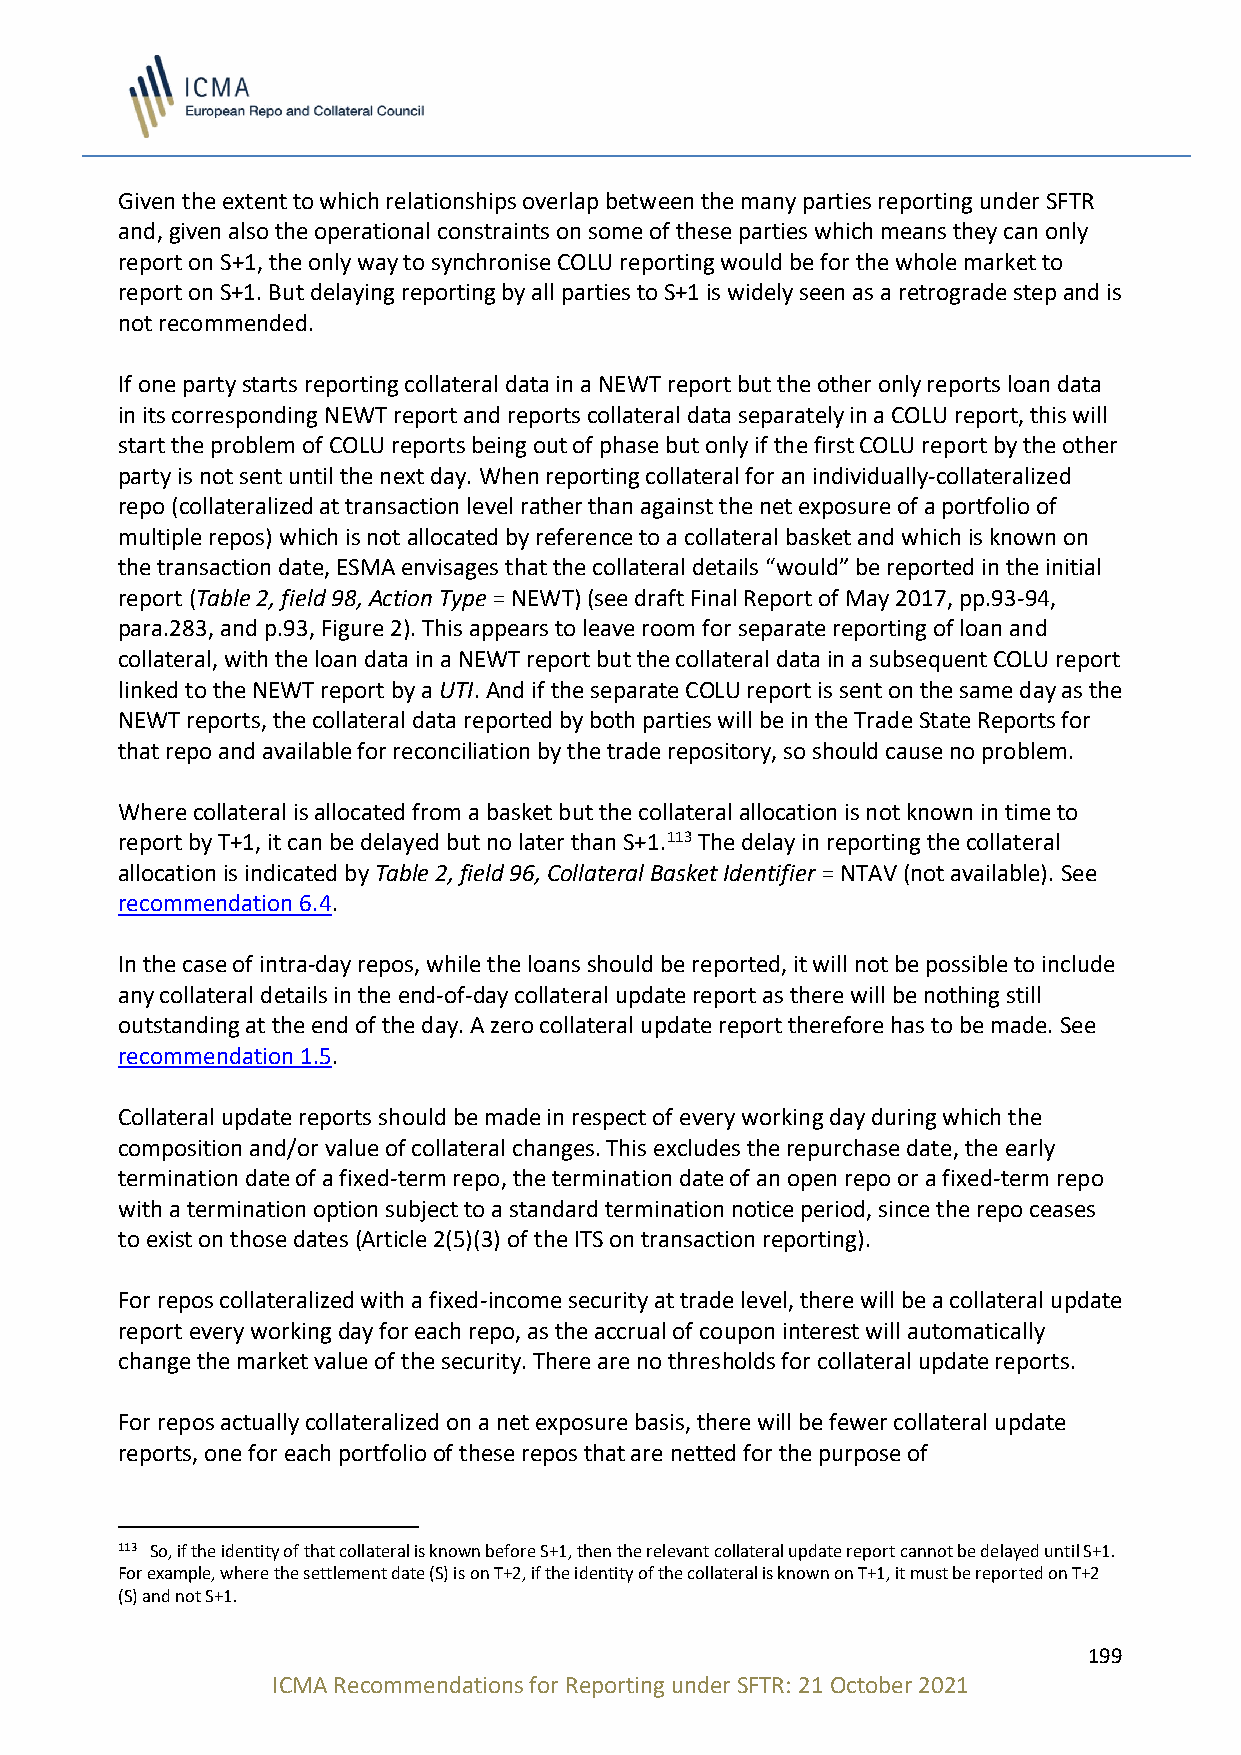
Given the extent to which relationships overlap between the many parties reporting under SFTR
 and, given also the operational constraints on some of these parties which means they can only
 report on S+1, the only way to synchronise COLU reporting would be for the whole market to
 report on S+1. But delaying reporting by all parties to S+1 is widely seen as a retrograde step and is
 not recommended.
 If one party starts reporting collateral data in a NEWT report but the other only reports loan data
 in its corresponding NEWT report and reports collateral data separately in a COLU report, this will
 start the problem of COLU reports being out of phase but only if the first COLU report by the other
 party is not sent until the next day. When reporting collateral for an individually-collateralized
 repo (collateralized at transaction level rather than against the net exposure of a portfolio of
 multiple repos) which is not allocated by reference to a collateral basket and which is known on
 the transaction date, ESMA envisages that the collateral details “would” be reported in the initial
 report (Table 2, field 98, Action Type = NEWT) (see draft Final Report of May 2017, pp.93-94,
 para.283, and p.93, Figure 2). This appears to leave room for separate reporting of loan and
 collateral, with the loan data in a NEWT report but the collateral data in a subsequent COLU report
 linked to the NEWT report by a UTI. And if the separate COLU report is sent on the same day as the
 NEWT reports, the collateral data reported by both parties will be in the Trade State Reports for
 that repo and available for reconciliation by the trade repository, so should cause no problem.
 Where collateral is allocated from a basket but the collateral allocation is not known in time to
 report by T+1, it can be delayed but no later than S+1.113 The delay in reporting the collateral
 allocation is indicated by Table 2, field 96, Collateral Basket Identifier = NTAV (not available). See
 recommendation 6.4.
 In the case of intra-day repos, while the loans should be reported, it will not be possible to include
 any collateral details in the end-of-day collateral update report as there will be nothing still
 outstanding at the end of the day. A zero collateral update report therefore has to be made. See
 recommendation 1.5.
 Collateral update reports should be made in respect of every working day during which the
 composition and/or value of collateral changes. This excludes the repurchase date, the early
 termination date of a fixed-term repo, the termination date of an open repo or a fixed-term repo
 with a termination option subject to a standard termination notice period, since the repo ceases
 to exist on those dates (Article 2(5)(3) of the ITS on transaction reporting).
 For repos collateralized with a fixed-income security at trade level, there will be a collateral update
 report every working day for each repo, as the accrual of coupon interest will automatically
 change the market value of the security. There are no thresholds for collateral update reports.
 For repos actually collateralized on a net exposure basis, there will be fewer collateral update
 reports, one for each portfolio of these repos that are netted for the purpose of
 113 So, if the identity of that collateral is known before S+1, then the relevant collateral update report cannot be delayed until S+1.
 For example, where the settlement date (S) is on T+2, if the identity of the collateral is known on T+1, it must be reported on T+2
 (S) and not S+1.
 199
 ICMA Recommendations for Reporting under SFTR: 21 October 2021